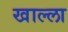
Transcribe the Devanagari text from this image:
खाल्‍ला